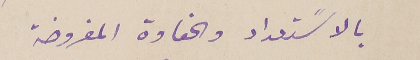
بالاسًتعداد والحفاوة المفروضة